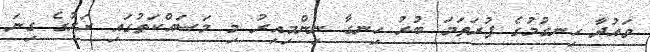
ވައުދާ ހިނގުމުގެ ފުރަތަމަ ބުރު ހިނގާ ނިންމިއިރު މި މަސައްކަތުގައި ރަށުގެ ގިނަ